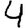
Digit: 4